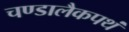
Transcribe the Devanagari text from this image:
चण्डालैकपथं